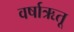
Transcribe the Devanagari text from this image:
वर्षाऋतू